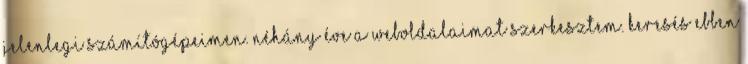
jelenlegi számítógépeimen. Néhány éve a weboldalaimat szerkesztem. Keresés ebben